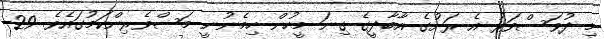
މި ދުވަސްވަރު އެ ރަށުގެ އާބާދީގެ ގިނަ މީހުން ހިމެނުނީ މަސްވެރިންކަމުގައެވެ. 29